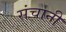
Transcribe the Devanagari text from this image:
संचानी